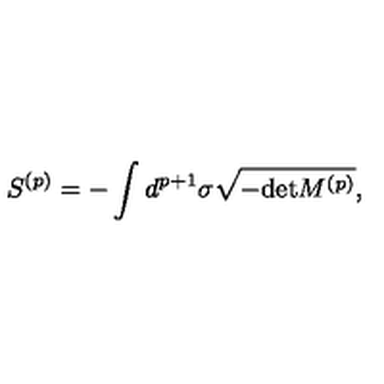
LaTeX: S ^ { ( p ) } = - \int d ^ { p + 1 } \sigma \sqrt { - \mathrm { d e t } M ^ { ( p ) } } ,